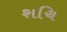
શચિ